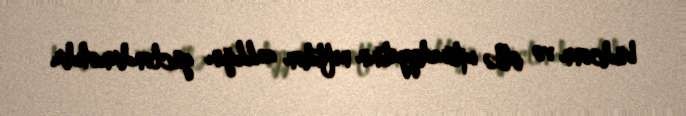
büdcənn və ölkə iqtisadiyyatının neftdən asılılığını gücləndirməkdir.